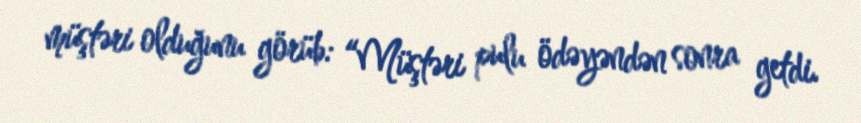
müştəri olduğunu görüb: “Müştəri pulu ödəyəndən sonra getdi.